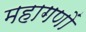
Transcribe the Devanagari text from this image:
महागणों